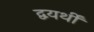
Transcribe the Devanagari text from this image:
द्वयर्थीं